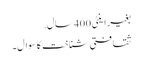
بغیر اینٹی 400 سال.
ثقافتی شناخت کا سوال۔